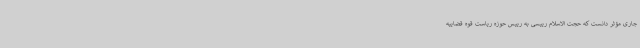
جاری مؤثر دانست که حجت الاسلام رییسی به رییس حوزه ریاست قوه قضاییه